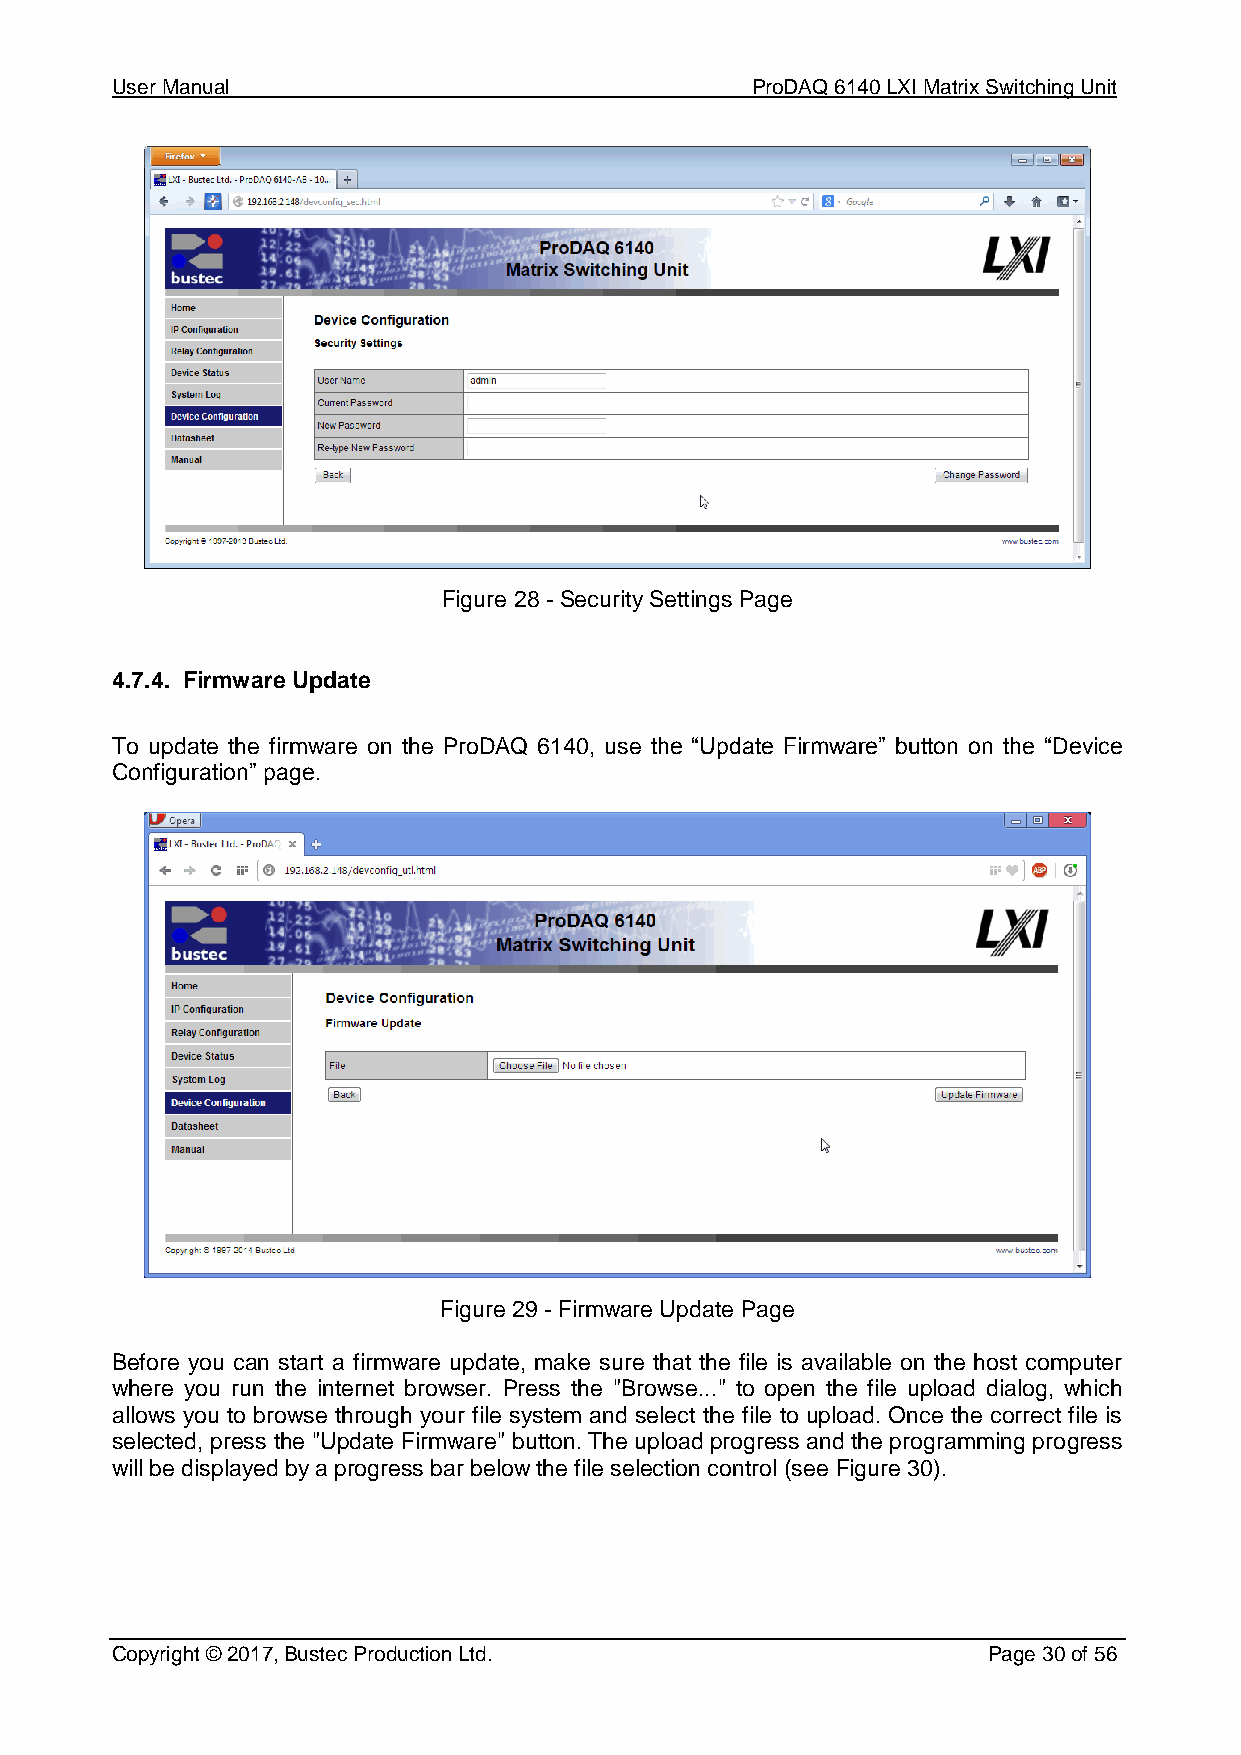
User Manual                                ProDAQ 6140 LXI Matrix Switching Unit
 Figure 28 - Security Settings Page
 4.7.4. Firmware Update
 To update the firmware on the ProDAQ 6140, use the “Update Firmware” button on the “Device
 Configuration” page.
 Figure 29 - Firmware Update Page
 Before you can start a firmware update, make sure that the file is available on the host computer
 where you run the internet browser. Press the "Browse..." to open the file upload dialog, which
 allows you to browse through your file system and select the file to upload. Once the correct file is
 selected, press the "Update Firmware" button. The upload progress and the programming progress
 will be displayed by a progress bar below the file selection control (see Figure 30).
 Copyright © 2017, Bustec Production Ltd.                  Page 30 of 56